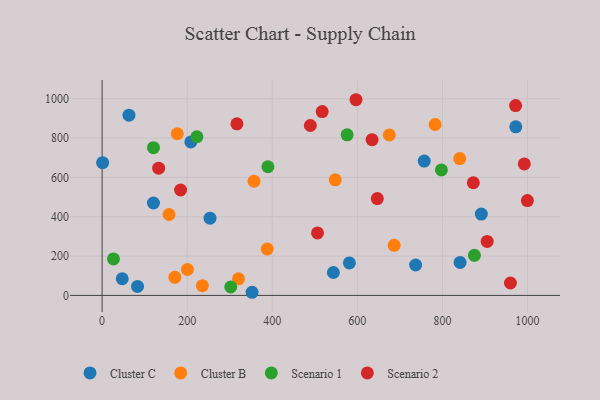
{"axis": {"x": "Distance", "y": "Exam Score"}, "legend": ["Cluster B", "Cluster C", "Scenario 1", "Scenario 2"], "data": [{"x": "543.6", "y": 116.4, "type": "Cluster C"}, {"x": "208.6", "y": 780.2, "type": "Cluster C"}, {"x": "253.7", "y": 392.5, "type": "Cluster C"}, {"x": "841.5", "y": 167.8, "type": "Cluster C"}, {"x": "47.3", "y": 84.8, "type": "Cluster C"}, {"x": "352.5", "y": 16.0, "type": "Cluster C"}, {"x": "83.2", "y": 45.9, "type": "Cluster C"}, {"x": "120.7", "y": 469.9, "type": "Cluster C"}, {"x": "737.0", "y": 154.7, "type": "Cluster C"}, {"x": "972.5", "y": 856.8, "type": "Cluster C"}, {"x": "63.1", "y": 916.4, "type": "Cluster C"}, {"x": "757.2", "y": 682.9, "type": "Cluster C"}, {"x": "891.4", "y": 413.5, "type": "Cluster C"}, {"x": "581.3", "y": 165.1, "type": "Cluster C"}, {"x": "1.2", "y": 674.8, "type": "Cluster C"}, {"x": "200.6", "y": 131.9, "type": "Cluster B"}, {"x": "782.7", "y": 868.8, "type": "Cluster B"}, {"x": "176.8", "y": 821.9, "type": "Cluster B"}, {"x": "548.0", "y": 587.5, "type": "Cluster B"}, {"x": "235.7", "y": 49.7, "type": "Cluster B"}, {"x": "157.4", "y": 411.3, "type": "Cluster B"}, {"x": "840.7", "y": 695.5, "type": "Cluster B"}, {"x": "171.0", "y": 92.2, "type": "Cluster B"}, {"x": "675.2", "y": 816.0, "type": "Cluster B"}, {"x": "320.6", "y": 84.4, "type": "Cluster B"}, {"x": "357.1", "y": 580.3, "type": "Cluster B"}, {"x": "686.5", "y": 254.9, "type": "Cluster B"}, {"x": "388.2", "y": 236.0, "type": "Cluster B"}, {"x": "797.6", "y": 638.0, "type": "Scenario 1"}, {"x": "389.8", "y": 654.0, "type": "Scenario 1"}, {"x": "26.7", "y": 185.3, "type": "Scenario 1"}, {"x": "576.0", "y": 816.6, "type": "Scenario 1"}, {"x": "120.7", "y": 750.8, "type": "Scenario 1"}, {"x": "222.8", "y": 806.7, "type": "Scenario 1"}, {"x": "302.4", "y": 43.0, "type": "Scenario 1"}, {"x": "875.2", "y": 203.9, "type": "Scenario 1"}, {"x": "999.7", "y": 481.9, "type": "Scenario 2"}, {"x": "992.5", "y": 668.7, "type": "Scenario 2"}, {"x": "646.9", "y": 492.3, "type": "Scenario 2"}, {"x": "184.4", "y": 535.9, "type": "Scenario 2"}, {"x": "905.2", "y": 274.5, "type": "Scenario 2"}, {"x": "972.0", "y": 965.3, "type": "Scenario 2"}, {"x": "506.4", "y": 317.5, "type": "Scenario 2"}, {"x": "489.5", "y": 863.8, "type": "Scenario 2"}, {"x": "316.9", "y": 872.1, "type": "Scenario 2"}, {"x": "517.3", "y": 934.4, "type": "Scenario 2"}, {"x": "959.9", "y": 63.1, "type": "Scenario 2"}, {"x": "634.6", "y": 791.6, "type": "Scenario 2"}, {"x": "872.6", "y": 572.7, "type": "Scenario 2"}, {"x": "132.9", "y": 646.8, "type": "Scenario 2"}, {"x": "596.8", "y": 994.8, "type": "Scenario 2"}]}